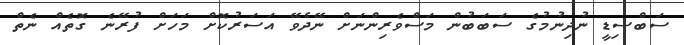
ސަބްސިޑީ ނުދިނުމުގެ ސަބަބުން މަސްވެރިންނަށް ނޭދެވޭ އަސަރުކޮށް މަހަށް ފުރޭނެ ގޮތެއް ނެތް